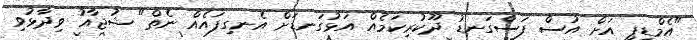
"އެމްޑީޕީ އަށް އުސް ފަސްގަނޑު ދޫކުރިކަމެއް އަޅުގަނޑަށް އެނގިފައެއް ނެތް" ޝުޖާއު ވިދާޅުވި